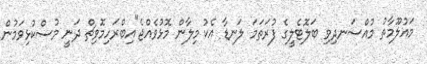
މައުލޫމާތު މުއްސަނދިވި ބަލޮޓެލީގެ ފުރަތަމަ ލަނޑާ އެކު މިލާން މޮޅުވެއްޖެ"އިބްރަހިމޮވިޗް ދަނީ މުސްކުޅިވަމުން